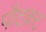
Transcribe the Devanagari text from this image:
पौटकट